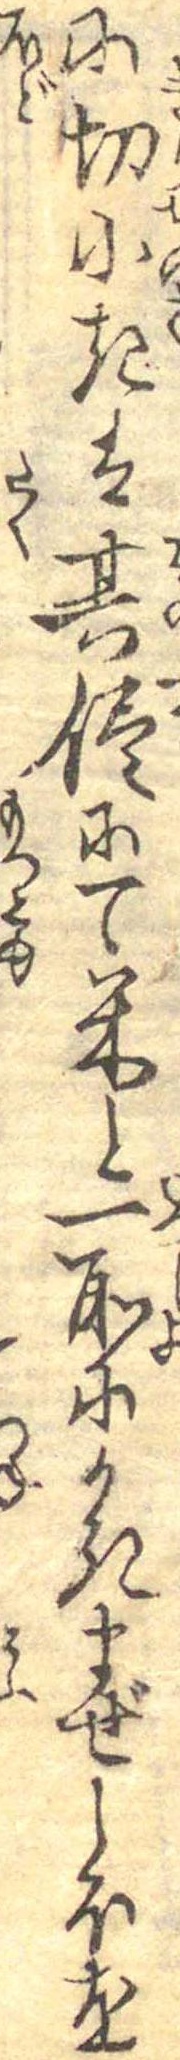
に切小きは其侭にて米と一所にかきまぜしほを